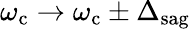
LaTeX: \omega_{\mathrm{c}}\rightarrow\omega_{\mathrm{c}}\pm\Delta_{\mathrm{sag}}